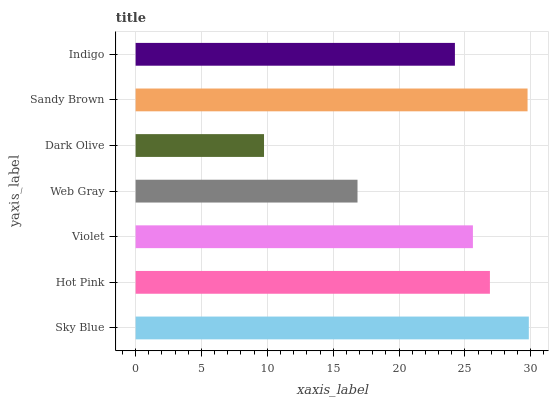
| yaxis_label | bars |
 | --- | --- |
 | Sky Blue | 29.9 |
 | Hot Pink | 26.9 |
 | Violet | 25.6 |
 | Web Gray | 16.8 |
 | Dark Olive | 9.75 |
 | Sandy Brown | 29.8 |
 | Indigo | 24.2 |